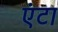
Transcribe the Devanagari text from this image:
एंटा